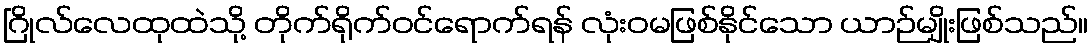
ဂြိုလ်လေထုထဲသို့ တိုက်ရိုက်ဝင်ရောက်ရန် လုံးဝမဖြစ်နိုင်သော ယာဉ်မျိုးဖြစ်သည်။